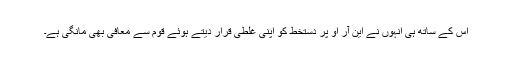
اس کے ساتھ ہی انہوں نے این آر او پر دستخط کو اپنی غلطی قرار دیتے ہوئے قوم سے معافی بھی مانگی ہے۔